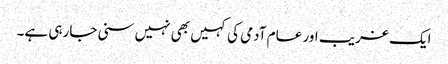
ایک غریب اور عام آدمی کی کہیں بھی نہیں سنی جارہی ہے۔